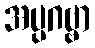
အပ္ပဂဗ္ဗာ